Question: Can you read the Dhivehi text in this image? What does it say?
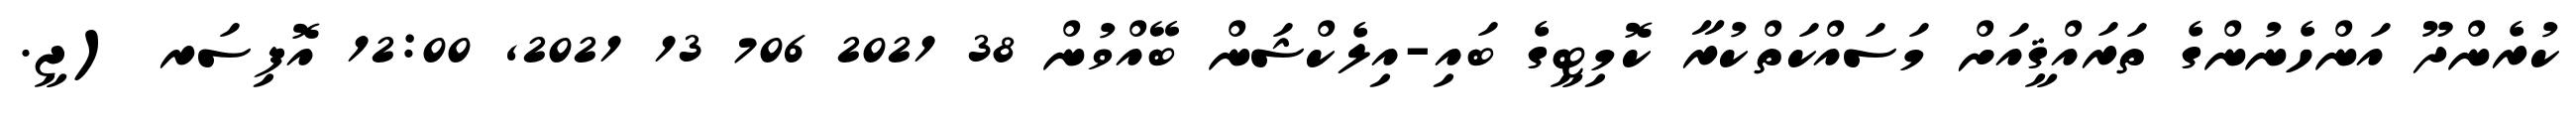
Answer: ކުރެންދޫ އަންހެނުންގެ ތަރައްޤީއަށް މަސައްކަތްކުރާ ކޮމިޓީގެ ބައި-އިލެކްޝަން ބޭއްވުން 38 2021 706 13 2021, 12:00 އޮފިސަރ (ޖީ.